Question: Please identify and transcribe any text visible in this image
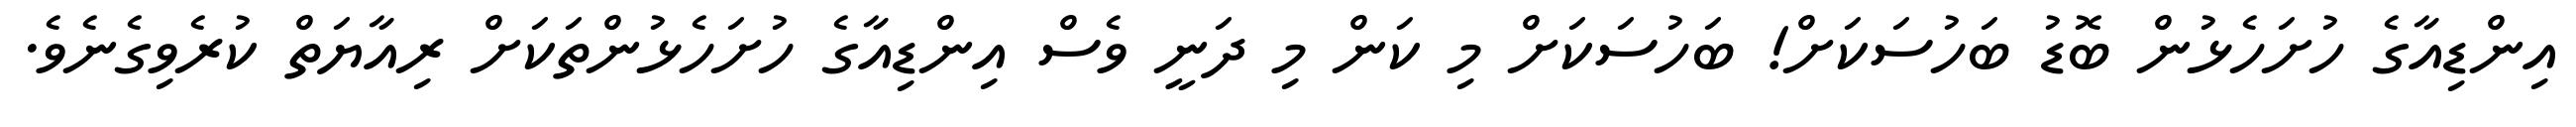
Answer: އިންޑިއާގެ ހުށަހެޅުން ބޮޑު ބަހުސަކަށް! ބަހުސަކަށް މި ކަން މި ދަނީ ވެސް އިންޑިއާގެ ހުށަހެޅުންތަކަށް ރިއާޔަތް ކުރެވިގެނެވެ.